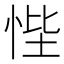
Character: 悂